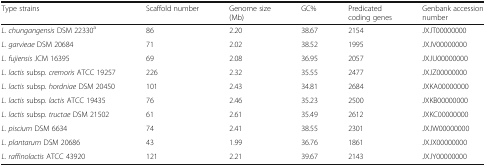
<table><thead><tr><td><b>Type strains</b></td><td><b>Scaffold number</b></td><td><b>Genome size (Mb)</b></td><td><b>GC%</b></td><td><b>Predicated coding genes</b></td><td><b>Genbank accession number</b></td></tr></thead><tbody><tr><td><i>L. chungangensis</i> DSM 22330<sup>a</sup></td><td>86</td><td>2.20</td><td>38.67</td><td>2154</td><td>JXJT00000000</td></tr><tr><td><i>L. garvieae</i> DSM 20684</td><td>71</td><td>2.02</td><td>38.52</td><td>1995</td><td>JXJV00000000</td></tr><tr><td><i>L. fujiensis</i> JCM 16395</td><td>69</td><td>2.08</td><td>36.95</td><td>2057</td><td>JXJU00000000</td></tr><tr><td><i>L. lactis</i> subsp. <i>cremoris</i> ATCC 19257</td><td>226</td><td>2.32</td><td>35.55</td><td>2477</td><td>JXJZ00000000</td></tr><tr><td><i>L. lactis</i> subsp. <i>hordniae</i> DSM 20450</td><td>101</td><td>2.43</td><td>34.81</td><td>2684</td><td>JXKA00000000</td></tr><tr><td><i>L. lactis</i> subsp. <i>lactis</i> ATCC 19435</td><td>76</td><td>2.46</td><td>35.23</td><td>2500</td><td>JXKB00000000</td></tr><tr><td><i>L. lactis</i> subsp. <i>tructae</i> DSM 21502</td><td>61</td><td>2.61</td><td>35.49</td><td>2612</td><td>JXKC00000000</td></tr><tr><td><i>L. piscium</i> DSM 6634</td><td>74</td><td>2.41</td><td>38.55</td><td>2301</td><td>JXJW00000000</td></tr><tr><td><i>L. plantarum</i> DSM 20686</td><td>43</td><td>1.99</td><td>36.76</td><td>1861</td><td>JXJX00000000</td></tr><tr><td><i>L. raffinolactis</i> ATCC 43920</td><td>121</td><td>2.21</td><td>39.67</td><td>2143</td><td>JXJY00000000</td></tr></tbody></table>